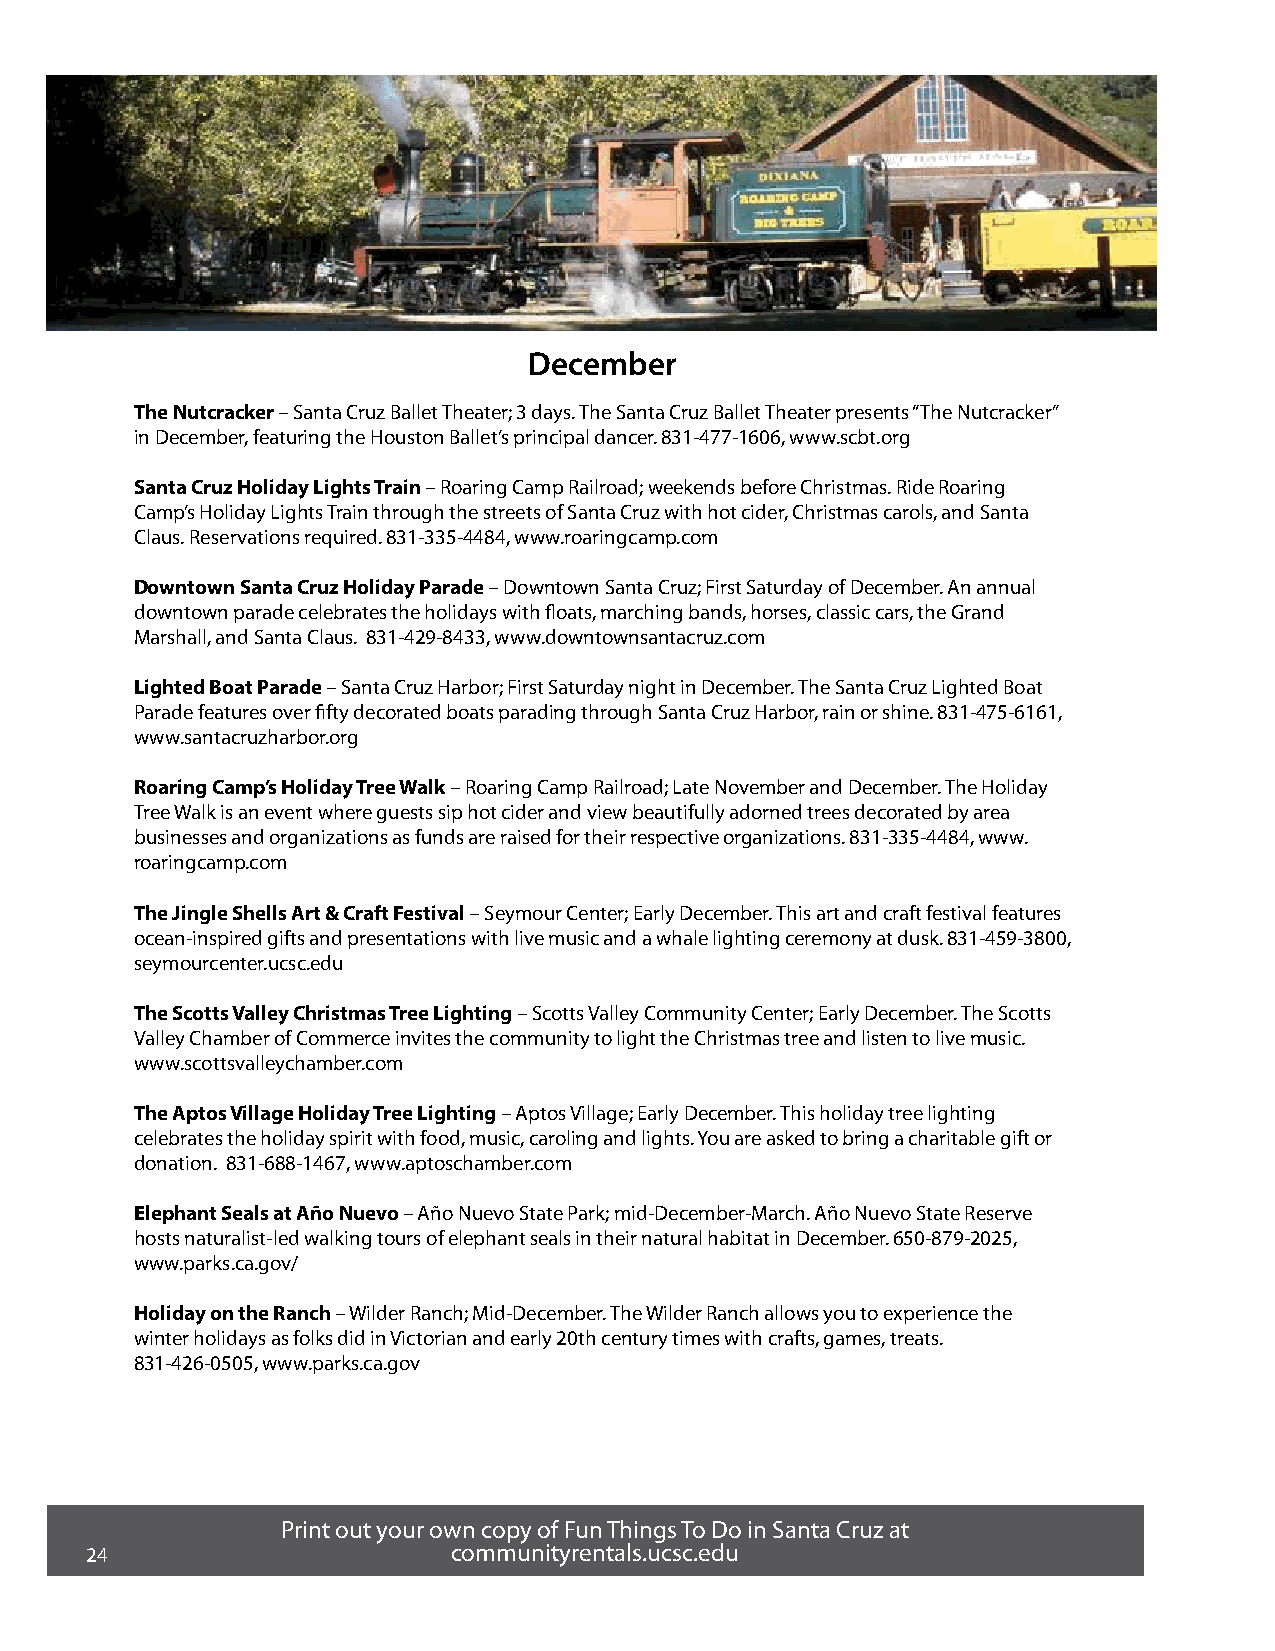
December
 The Nutcracker – Santa Cruz Ballet Theater; 3 days. The Santa Cruz Ballet Theater presents “The Nutcracker”
 in December, featuring the Houston Ballet’s principal dancer. 831-477-1606, www.scbt.org
 Santa Cruz Holiday Lights Train – Roaring Camp Railroad; weekends before Christmas. Ride Roaring
 Camp’s Holiday Lights Train through the streets of Santa Cruz with hot cider, Christmas carols, and Santa
 Claus. Reservations required. 831-335-4484, www.roaringcamp.com
 Downtown Santa Cruz Holiday Parade – Downtown Santa Cruz; First Saturday of December. An annual
 downtown parade celebrates the holidays with floats, marching bands, horses, classic cars, the Grand
 Marshall, and Santa Claus. 831-429-8433, www.downtownsantacruz.com
 Lighted Boat Parade – Santa Cruz Harbor; First Saturday night in December. The Santa Cruz Lighted Boat
 Parade features over fifty decorated boats parading through Santa Cruz Harbor, rain or shine. 831-475-6161,
 www.santacruzharbor.org
 Roaring Camp’s Holiday Tree Walk – Roaring Camp Railroad; Late November and December. The Holiday
 Tree Walk is an event where guests sip hot cider and view beautifully adorned trees decorated by area
 businesses and organizations as funds areraised for their respective organizations. 831-335-4484, www.
 roaringcamp.com
 The Jingle Shells Art & Craft Festival – Seymour Center; Early December. This art and craft festival features
 ocean-inspired gifts and presentations with live music and a whale lighting ceremony at dusk. 831-459-3800,
 seymourcenter.ucsc.edu
 The Scotts Valley Christmas Tree Lighting – Scotts Valley Community Center; Early December. The Scotts
 Valley Chamber of Commerce invites the community to light the Christmas tree and listen to live music.
 www.scottsvalleychamber.com
 The Aptos Village Holiday Tree Lighting – Aptos Village; Early December. This holiday tree lighting
 celebrates the holiday spirit with food, music, caroling and lights. You are asked to bring a charitable gift or
 donation. 831-688-1467, www.aptoschamber.com
 Elephant Seals at Año Nuevo – Año Nuevo State Park; mid-December-March. Año Nuevo State Reserve
 hosts naturalist-led walking tours of elephant seals in their natural habitat in December. 650-879-2025,
 www.parks.ca.gov/
 Holiday on the Ranch – Wilder Ranch; Mid-December. The Wilder Ranch allows you to experience the
 winter holidays as folks did in Victorian and early 20th century times with crafts, games, treats.
 831-426-0505, www.parks.ca.gov
 Print out your own copy of Fun Things To Do in Santa Cruz at
 24                      communityrentals.ucsc.edu